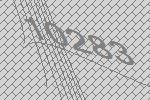
10283